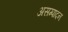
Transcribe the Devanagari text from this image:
असम्पादन